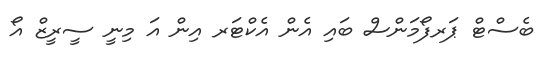
ބެސްޓް ޕަރފޯމަންސް ބައި އެން އެކްޓަރ އިން އަ މިނީ ސީރީޒް އޯ